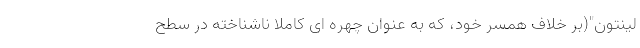
لینتون"(بر خلاف همسر خود، که به عنوان چهره ای کاملاً ناشناخته در سطح